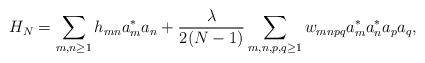
LaTeX: \begin{align*} H_N= \sum_{m,n\ge1} h_{mn} a^*_m a_n+\frac{\lambda}{2(N-1)} \sum_{m,n,p,q\ge1} w_{mnpq} a^*_m a^*_n a_pa_q,\end{align*}